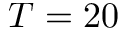
T = 2 0